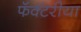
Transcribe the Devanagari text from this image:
फॅक्टरीया